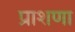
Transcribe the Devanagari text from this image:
प्राशणा